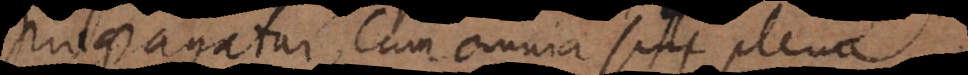
propagatur, cum omnia sint plena